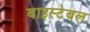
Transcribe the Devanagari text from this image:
बाइस्टेबल